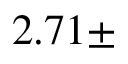
2 . 7 1 \pm